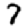
Digit: 7